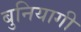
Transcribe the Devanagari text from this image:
बुनियागी